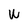
Character: W